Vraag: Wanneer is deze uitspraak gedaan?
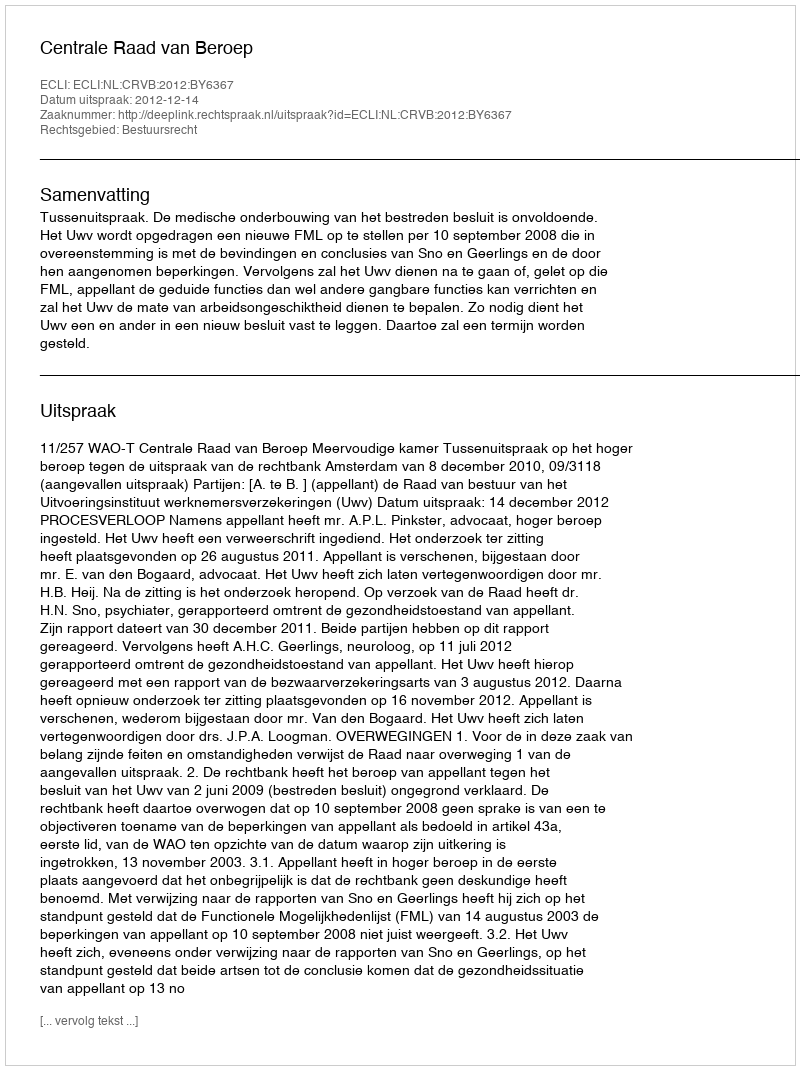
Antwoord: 2012-12-14